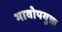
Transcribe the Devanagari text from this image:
भावोपयुक्त